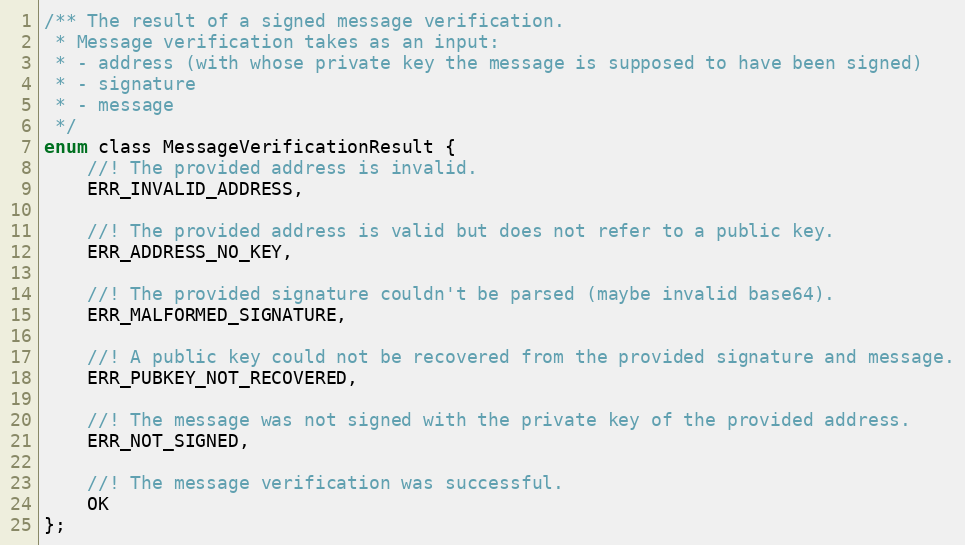
Language: C
/** The result of a signed message verification.
 * Message verification takes as an input:
 * - address (with whose private key the message is supposed to have been signed)
 * - signature
 * - message
 */
enum class MessageVerificationResult {
    //! The provided address is invalid.
    ERR_INVALID_ADDRESS,

    //! The provided address is valid but does not refer to a public key.
    ERR_ADDRESS_NO_KEY,

    //! The provided signature couldn't be parsed (maybe invalid base64).
    ERR_MALFORMED_SIGNATURE,

    //! A public key could not be recovered from the provided signature and message.
    ERR_PUBKEY_NOT_RECOVERED,

    //! The message was not signed with the private key of the provided address.
    ERR_NOT_SIGNED,

    //! The message verification was successful.
    OK
};